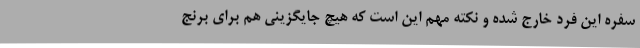
سفره این فرد خارج شده و نکته مهم این است که هیچ جایگزینی هم برای برنج